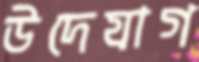
উদেযাগ